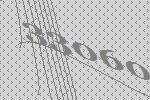
33060